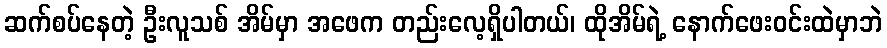
ဆက်စပ်နေတဲ့ ဦးလူသစ် အိမ်မှာ အဖေက တည်းလေ့ရှိပါတယ်၊ ထိုအိမ်ရဲ့ နောက်ဖေးဝင်းထဲမှာဘဲ